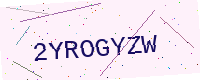
Text: 2YROGYZW